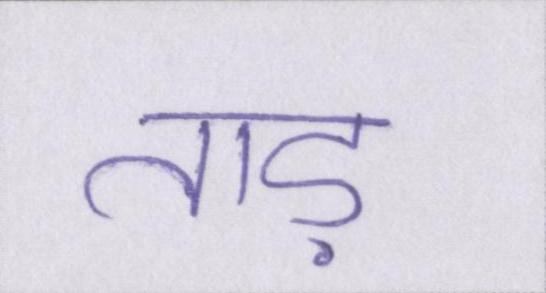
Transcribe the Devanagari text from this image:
ताड़